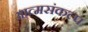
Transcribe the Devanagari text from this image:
आत्मसंकल्प